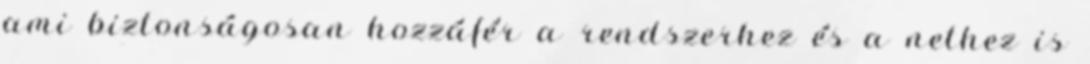
ami biztonságosan hozzáfér a rendszerhez és a nethez is